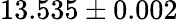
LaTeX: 13.535\pm 0.002